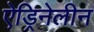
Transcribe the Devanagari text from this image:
ऐड्रिनेलीन